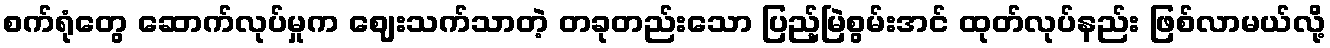
စက်ရုံတွေ ဆောက်လုပ်မှုက ဈေးသက်သာတဲ့ တခုတည်းသော ပြည့်မြဲစွမ်းအင် ထုတ်လုပ်နည်း ဖြစ်လာမယ်လို့